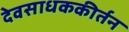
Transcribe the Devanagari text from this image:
देवसाधककीर्तन